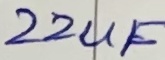
Text: 22uF